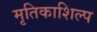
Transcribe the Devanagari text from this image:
मृतिकाशिल्प